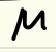
$\mathcal{M}$